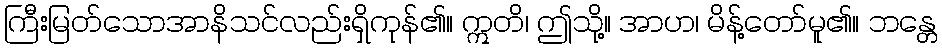
ကြီးမြတ်သောအာနိသင်လည်းရှိကုန်၏။ ဣတိ၊ ဤသို့။ အာဟ၊ မိန့်တော်မူ၏။ ဘန္တေ